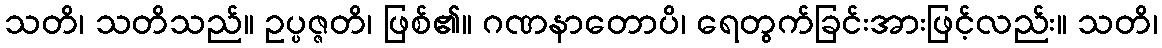
သတိ၊ သတိသည်။ ဥပ္ပဇ္ဇတိ၊ ဖြစ်၏။ ဂဏနာတောပိ၊ ရေတွက်ခြင်းအားဖြင့်လည်း။ သတိ၊